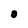
Character: O